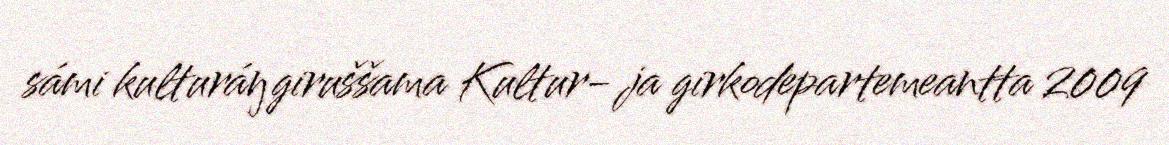
sámi kulturáŋgiruššama Kultur- ja girkodepartemeantta 2009